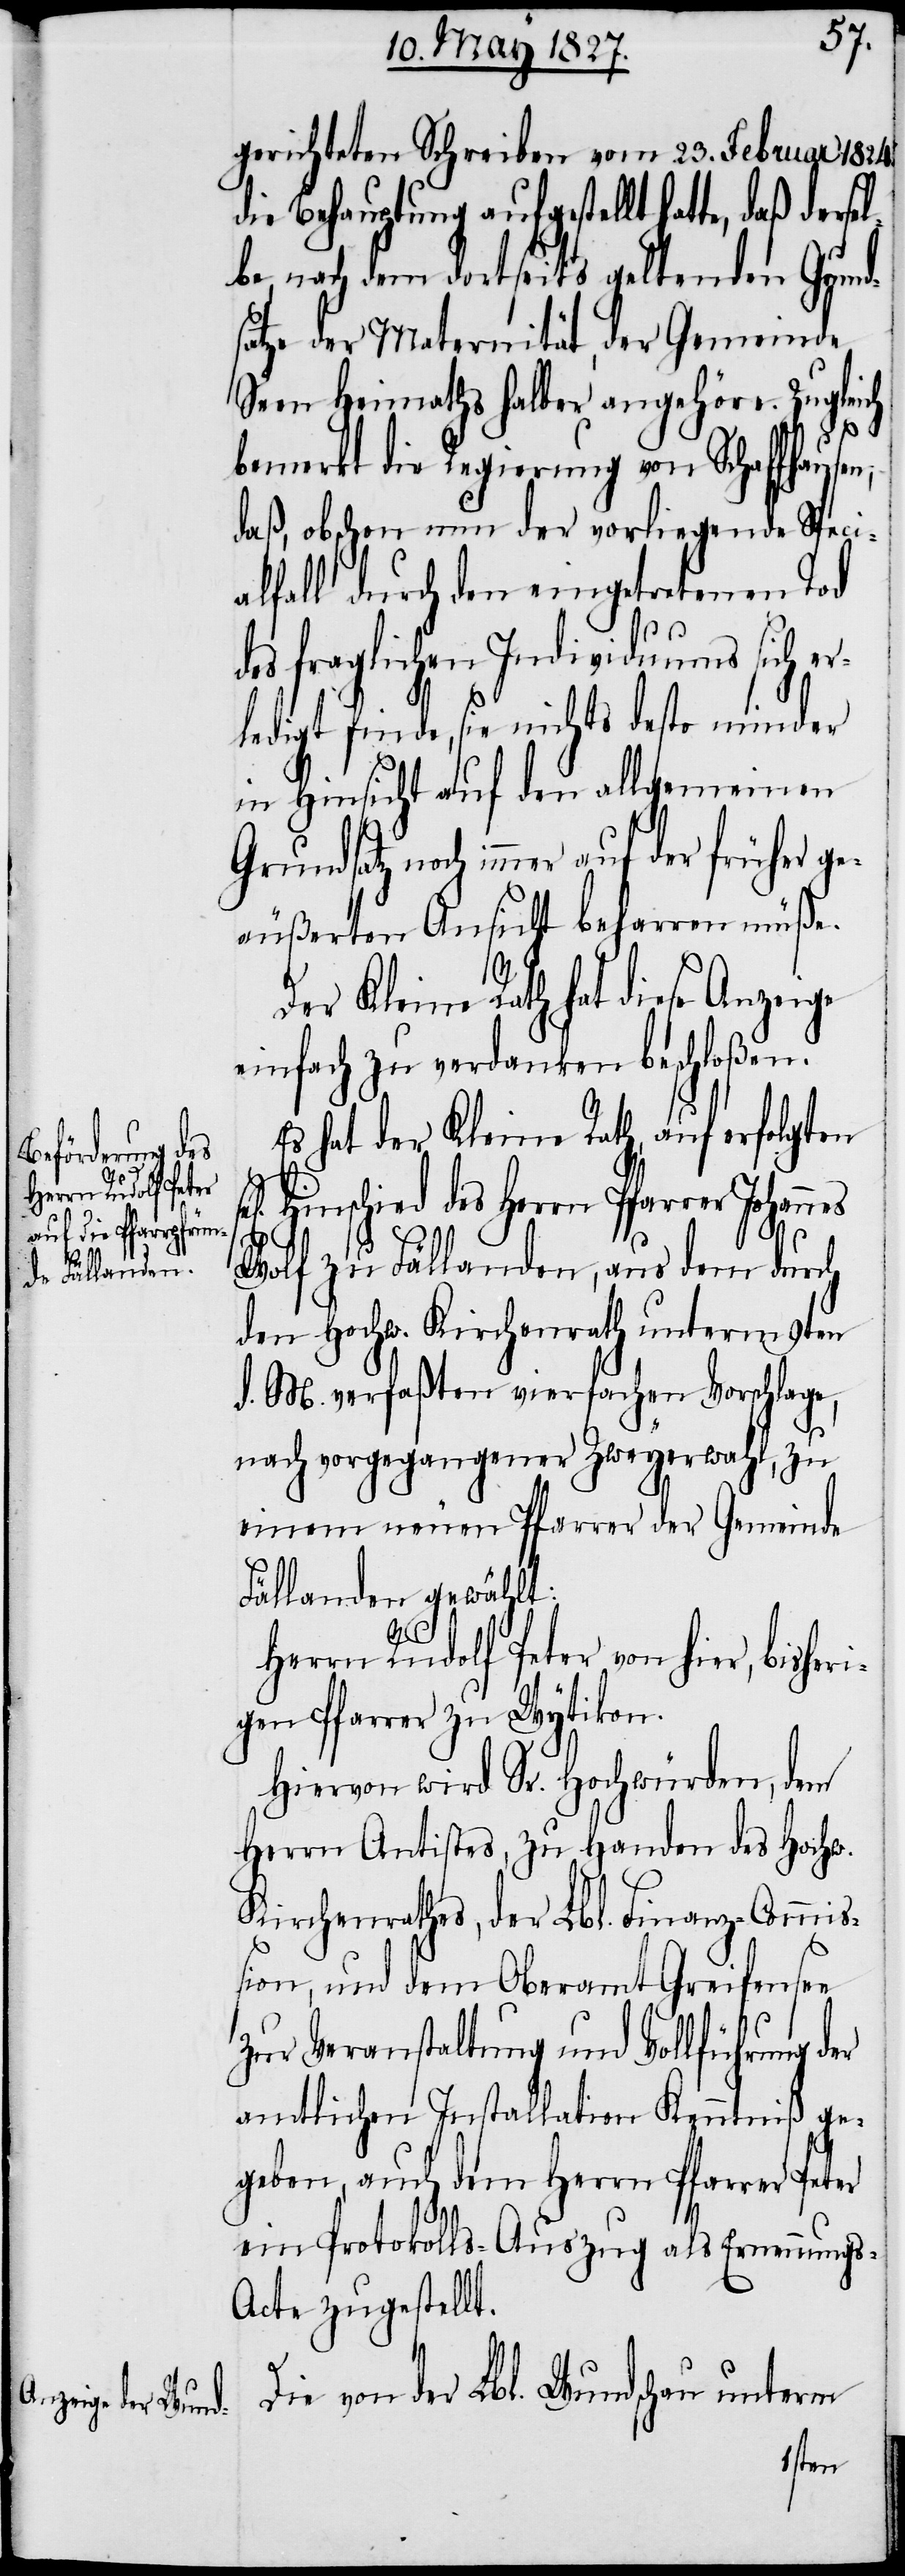
gerichteten Schreiben vom 23. Februar 1824.
die Behauptung aufgestellt hat, daß derse¬
lbe, nach dem dortseits geltenden Grund¬
satze der Maternität, der Gemeinde
Seen Heimaths halber angehöre. Zugleich
bemerkt die Regierung von Schaffhausen,
daß, obschon nun der vorliegende Spezi¬
alfall durch den eingetretenen Tod
fraglichen Individuums sich
rledigt finde, sie nichts desto minder
in Hinsicht auf den allgemeinen
noch immer auf der früher g¬
eäußerten Ansicht beharren müße.
e¬
Der Kleine Rath hat diese Anzeige
einfach zu verdanken beschloßen.
Es hat der Kleine Rath, auf erfolgten
Hinschied des Herrn Pfarrer
Wolf zu Fällanden, aus dem durch
den Hochw. Kirchenrath unterm 9ten
d. M. verfaßten vierfachen Vorschlage,
nach vorgegangener Zweyerwahl, zu
einem neuen Pfarrer der Gemeinde
Fällanden gewählt:
Herrn Rudolf Peter von hier, bisheri¬
gen Pfarrer zu Wytikon.
Hiervon wird Sr. Hochwürden, dem
Herrn Antistes, zu Handen des Hochw.
Kirchenrathes, der Lbl. Finanz-Commiß¬
ion, und dem Oberamt Greifensee
zur Veranstaltung und Vollführung der
amtlichen Installation Kenntniß ge¬
geben, auch dem Herrn Pfarrer Peter
ein Protokolls-Auszug als Ernennung¬
s-Acte zugestellt.
Die von der Lbl. Wundschau unterm